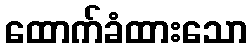
ထောက်ခံထားသော